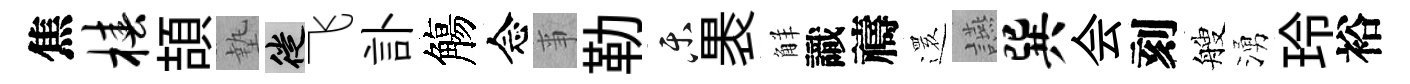
焦椿頡墊徙飞訃觴念亊勒乐褁觧識禱𮟃讌巽会刻艘湧玲裕